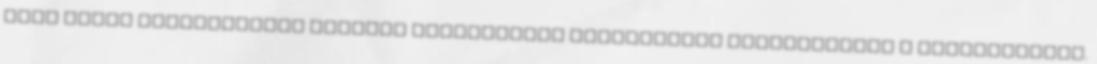
hogy sötét országutakon szokott száguldozni vadidegenek társaságában a Mustangjával.